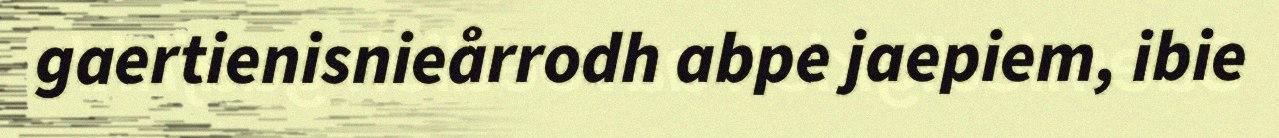
gaertienisnieårrodh abpe jaepiem, ibie